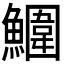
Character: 𩼀